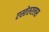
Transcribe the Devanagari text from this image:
एस्तेरुएलस